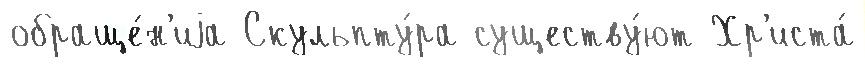
обраще́н'иjа Скульпту́ра существу́ют Хр'иста́